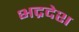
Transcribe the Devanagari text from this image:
भद्रदेश